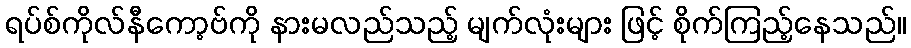
ရပ်စ်ကိုလ်နီကော့ဗ်ကို နားမလည်သည့် မျက်လုံးများ ဖြင့် စိုက်ကြည့်နေသည်။